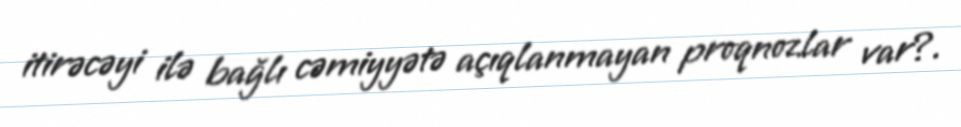
itirəcəyi ilə bağlı cəmiyyətə açıqlanmayan proqnozlar var?.